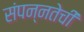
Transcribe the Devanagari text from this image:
संपन्नतेची